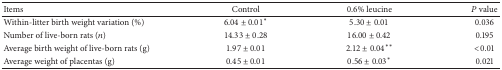
<table><thead><tr><td><b>Items</b></td><td><b>Control</b></td><td><b>0.6% leucine</b></td><td><b><i>P</i> value</b></td></tr></thead><tbody><tr><td>Within-litter birth weight variation (%)</td><td>6.04 ± 0.01<sup><i>∗</i></sup></td><td>5.30 ± 0.01</td><td>0.036</td></tr><tr><td>Number of live-born rats (<i>n</i>)</td><td>14.33 ± 0.28</td><td>16.00 ± 0.42</td><td>0.195</td></tr><tr><td>Average birth weight of live-born rats (g)</td><td>1.97 ± 0.01</td><td>2.12 ± 0.04<sup><i>∗∗</i></sup></td><td>&lt;0.01</td></tr><tr><td>Average weight of placentas (g)</td><td>0.45 ± 0.01</td><td>0.56 ± 0.03<sup><i>∗</i></sup></td><td>0.021</td></tr></tbody></table>